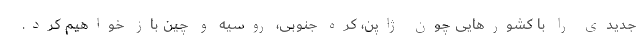
جدیدی را با کشورهایی چون ژاپن، کره جنوبی، روسیه و چین باز خواهیم کرد.